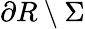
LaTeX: \partial R\setminus\Sigma